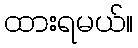
ထားရမယ်။